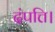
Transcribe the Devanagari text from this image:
दंपत्ति।